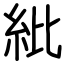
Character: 紕